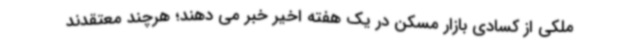
ملکی از کسادی بازار مسکن در یک هفته اخیر خبر می دهند؛ هرچند معتقدند